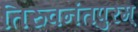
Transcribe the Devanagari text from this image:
तिरुवनंतपुरम्‌